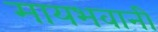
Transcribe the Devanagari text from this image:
मायभवानी